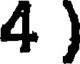
4 )